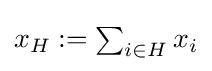
{\textstyle x_{H}:=\sum _{i\in H}x_{i}}